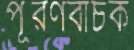
পূরণবাচক